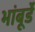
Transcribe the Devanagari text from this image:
भांबूर्डे